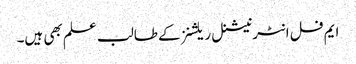
ایم فل انٹرنیشنل ریلشنز کے طالب علم بھی ہیں۔